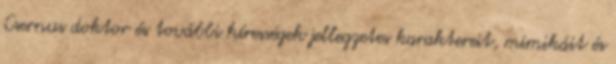
Csernus doktor és további hírességek jellegzetes karaktereit, mimikáit és